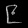
Digit: ၉